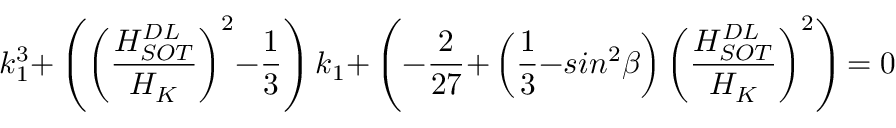
k _ { \mathrm { 1 } } ^ { \mathrm { 3 } } \mathrm { + } \left( { \left( \frac { H _ { S O T } ^ { D L } } { H _ { K } } \right) } ^ { \mathrm { 2 } } \mathrm { - } \frac { \mathrm { 1 } } { \mathrm { 3 } } \right) k _ { \mathrm { 1 } } \mathrm { + } \left( \mathrm { - } \frac { \mathrm { 2 } } { \mathrm { 2 7 } } \mathrm { + } \left( \frac { \mathrm { 1 } } { \mathrm { 3 } } \mathrm { - } s i n ^ { \mathrm { 2 } } \beta \right) { \left( \frac { H _ { S O T } ^ { D L } } { H _ { K } } \right) } ^ { \mathrm { 2 } } \right) \mathrm { = 0 }